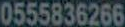
0555836266